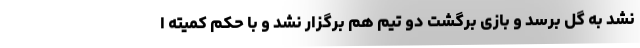
نشد به گل برسد و بازی برگشت دو تیم هم برگزار نشد و با حکم کمیته ا